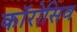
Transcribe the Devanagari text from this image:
काॅरोसिव